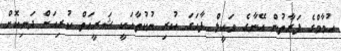
ހުމާމްގެ ފަރާތުން އޭނާގެ ވަކީލް ފާހަގަ ކުރި ނުކުތާއަކީ ޝަރީޢަތް ކުރިއަށް ދަނިކޮށް